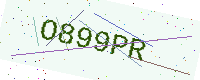
Text: O899PR